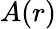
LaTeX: A(r)